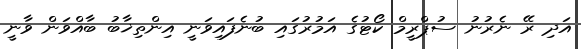
އަދި ރޭ ނެރުނު ސުޕްރީމް ކޯޓުގެ އަމުރުގައި ބުނެފައިވަނީ އިންތިޚާބު ބާއްވަން ވާނީ